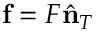
{ \bf f } = { \cal F } \hat { \bf n } _ { T }